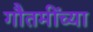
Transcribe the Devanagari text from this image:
गौतमींच्या